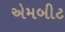
એમબીટ